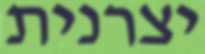
יצרנית